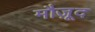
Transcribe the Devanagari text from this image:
मौजू़द